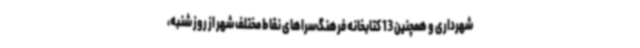
شهرداری و همچنین 13 کتابخانه فرهنگ‌سراهای نقاط مختلف شهر از روز شنبه،